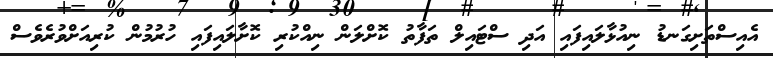
އެއިސްތަށިގަނޑު ނިއުޅާލައިފައި އަދި ސްޓައިލް ތަފާތު ކޮށްލަން ނިއްކުރި ކޮށާލައިފައި ހުރުމުން ކުރިއަށްވުރެވެސް